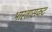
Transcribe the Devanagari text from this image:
भारतासकट